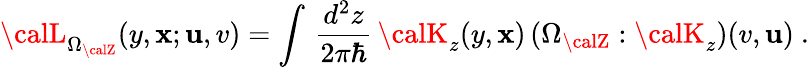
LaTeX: {\calL}_{\Omega_{\calZ}}(y,\mathbf{x};\mathbf{u},v)=\int\, {\frac{{d^{2}z}}{{2\pi\hbar}}}\, {\calK}_{z}(y,\mathbf{x})\, (\Omega_{\calZ}:{\calK}_{z})(v,\mathbf{u})~.